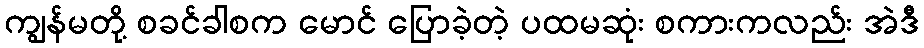
ကျွန်မတို့ စခင်ခါစက မောင် ပြောခဲ့တဲ့ ပထမဆုံး စကားကလည်း အဲဒီ